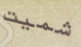
شميت